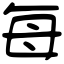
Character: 每